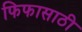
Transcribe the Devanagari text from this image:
फिफासाठी